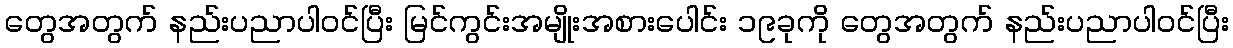
တွေအတွက် နည်းပညာပါဝင်ပြီး မြင်ကွင်းအမျိုးအစားပေါင်း ၁၉ခုကို တွေအတွက် နည်းပညာပါဝင်ပြီး